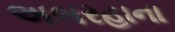
અબરહાના